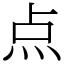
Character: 点